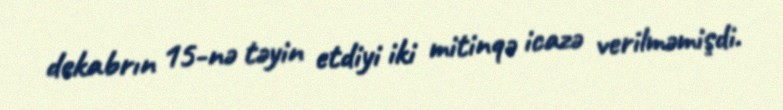
dekabrın 15-nə təyin etdiyi iki mitinqə icazə verilməmişdi.